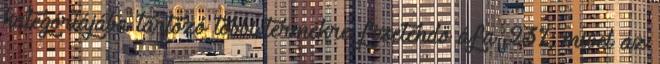
kategóriájába tartozó többi termékre fizetendő áfa 23%, mivel az